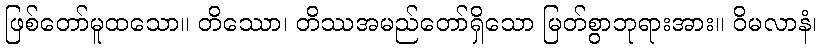
ဖြစ်တော်မူထသော။ တိဿော၊ တိဿအမည်တော်ရှိသော မြတ်စွာဘုရားအား။ ဝိမလာနံ၊